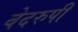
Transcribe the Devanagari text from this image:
वेदरुपी